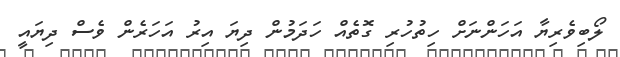
ލޯބިވެރިޔާ އަހަންނަށް ހިތުހުރި ގޮތެއް ހަދަމުން ދިޔަ އިރު އަހަރެން ވެސް ދިޔައީ